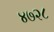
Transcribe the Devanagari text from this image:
४७२८